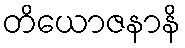
တိယောဇနာနိ